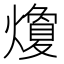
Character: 𭶛